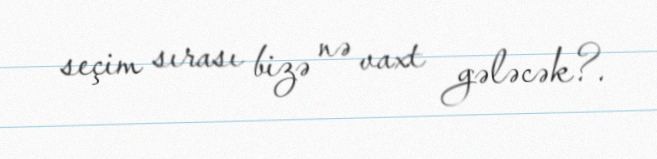
seçim sırası bizə nə vaxt gələcək?.